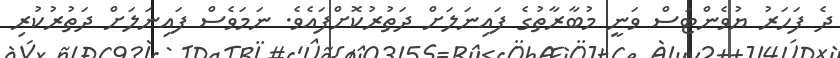
ދެ ފަހަރު ޔުވެންޓަސް ވަނީ މުބާރާތުގެ ފައިނަލަށް ދަތުރުކޮށްފައެވެ. ނަމަވެސް ފައިނަލަށް ދަތުރުކުރި